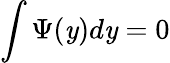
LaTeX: \int\Psi(\mathit{y})d\mathit{y}=0